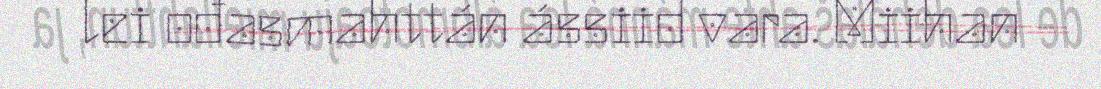
lei ođasmahttán ássiid vara. Miihan